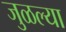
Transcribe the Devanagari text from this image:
जुळल्या